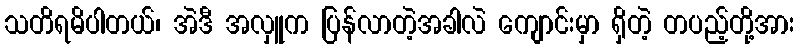
သတိရမိပါတယ်၊ အဲဒီ အလှူက ပြန်လာတဲ့အခါလဲ ကျောင်းမှာ ရှိတဲ့ တပည့်တို့အား